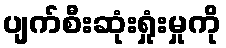
ပျက်စီးဆုံးရှုံးမှုကို